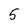
Character: 5